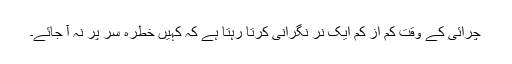
چرائی کے وقت کم از کم ایک نر نگرانی کرتا رہتا ہے کہ کہیں خطرہ سر پر نہ آ جائے۔